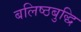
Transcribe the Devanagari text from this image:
बलिष्ठबुद्धि